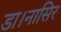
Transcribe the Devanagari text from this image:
डा।नासिर